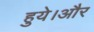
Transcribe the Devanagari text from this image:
हुये।और